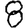
Digit: 8